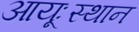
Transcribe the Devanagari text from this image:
आयूःस्थान